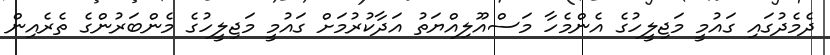
ދެމެދުގައި ގައުމީ މަޖިލީހުގެ އެންމެހާ މަސްއޫލިއްޔަތު އަދާކުރުމަށް ގައުމީ މަޖިލީހުގެ މެންބަރުންގެ ތެރެއިން